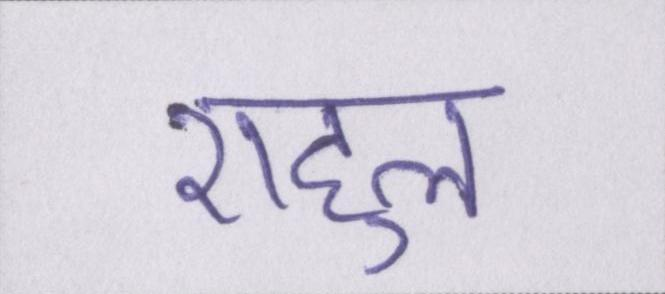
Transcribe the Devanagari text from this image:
राहुल